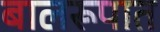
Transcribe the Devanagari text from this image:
बालरूपात